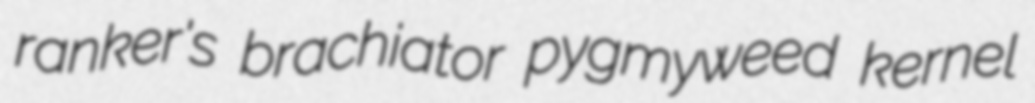
ranker's brachiator pygmyweed kernel